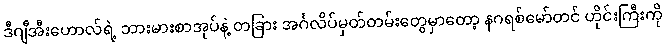
ဒီဂျီအီးဟောလ်ရဲ့ ဘားမားစာအုပ်နဲ့ တခြား အင်္ဂလိပ်မှတ်တမ်းတွေမှာတော့ နဂရစ်မော်တင် ဟိုင်းကြီးကို